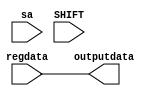
module Shift_selector(regdata, sa, SHIFT, outputdata);
	input[31:0] regdata;
	input[4:0] sa;
	input SHIFT;
	output reg[31:0] outputdata;

	initial begin
		outputdata = 0;
	end

	always @(regdata or sa or SHIFT) begin
	 	outputdata = regdata;
	end
endmodule